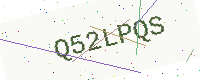
Text: Q52LPQS